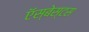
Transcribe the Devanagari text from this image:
ऍस्बेस्टस